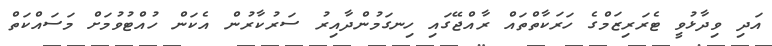
އަދި ވިދާޅުވީ ޓެރަރިޒަމްގެ ހަރަކާތްތައް ރާއްޖޭގައި ހިނގަމުންދާއިރު ސަރުކާރުން އެކަން ހުއްޓުވުމަށް މަސައްކަތް